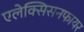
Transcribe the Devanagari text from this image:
एलेक्सिसनफायर